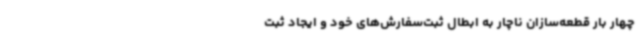
چهار بار قطعه‌سازان ناچار به ابطال ثبت‌سفارش‌های خود و ایجاد ثبت‌